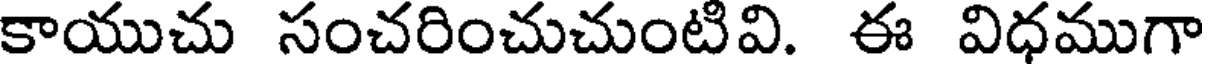
కాయుచు సంచరించుచుంటివి. ఈ విధముగా